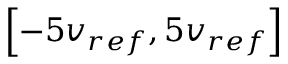
\left[ - 5 v _ { r e f } , 5 v _ { r e f } \right]